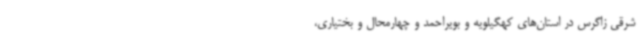
شرقی زاگرس در استان‌های کهگیلویه و بویراحمد و چهارمحال و بختیاری،